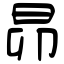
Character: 昴